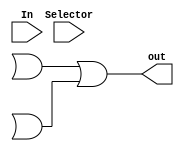
module MUX_Four_One(out, In, Selector);
//defining size of inputs and outputs
input [3:0] In;
input [1:0] Selector;
output out;

//wires
wire a,b,c,d;

//expression in dataflow
assign a = ((In[0] & (~Selector[0]) & (~Selector[1])));
assign b = ((In[1] & (Selector[0]) & (~Selector[1])));
assign c = ((In[2] & (~Selector[0]) & (Selector[1])));
assign d = ((In[3] & (Selector[0]) & (Selector[1])));

assign out = ((A | B) | (C | D));

endmodule